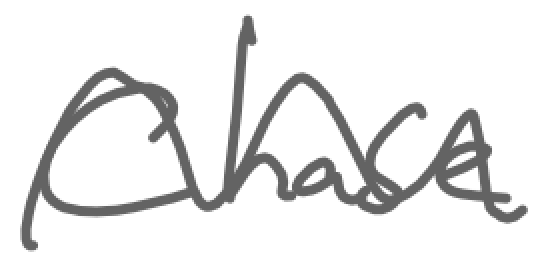
Text: Chase
Cross-out: wave
Writing tool: digital_gray